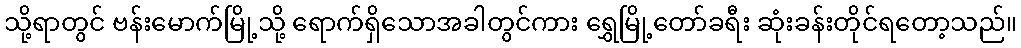
သို့ရာတွင် ဗန်းမောက်မြို့သို့ ရောက်ရှိသောအခါတွင်ကား ရွှေမြို့တော်ခရီး ဆုံးခန်းတိုင်ရတော့သည်။